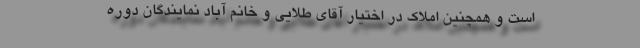
است و همچنین املاک در اختیار آقای طلایی و خانم آباد نمایندگان دوره